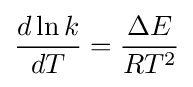
{\frac {d\ln k}{dT}}={\frac {\Delta E}{RT^{2}}}